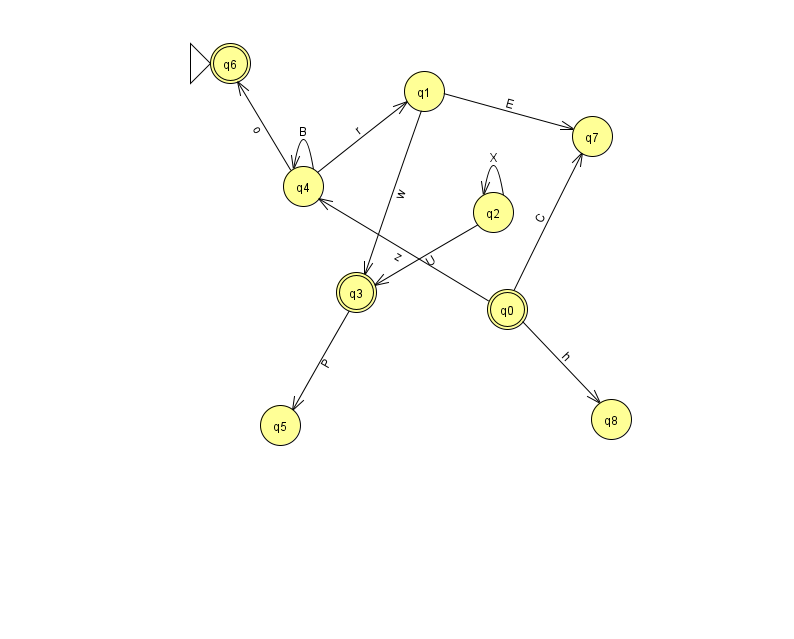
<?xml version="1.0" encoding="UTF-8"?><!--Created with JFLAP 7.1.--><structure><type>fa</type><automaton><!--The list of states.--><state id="0" name="q0"><x>507.0</x><y>296.0</y><final/></state><state id="1" name="q1"><x>424.0</x><y>78.0</y></state><state id="2" name="q2"><x>493.0</x><y>199.0</y></state><state id="3" name="q3"><x>356.0</x><y>279.0</y><final/></state><state id="4" name="q4"><x>303.0</x><y>173.0</y></state><state id="5" name="q5"><x>280.0</x><y>412.0</y></state><state id="6" name="q6"><x>230.0</x><y>50.0</y><initial/><final/></state><state id="7" name="q7"><x>592.0</x><y>123.0</y></state><state id="8" name="q8"><x>611.0</x><y>406.0</y></state><!--The list of transitions.--><transition><from>4</from><to>6</to><read>o</read></transition><transition><from>4</from><to>4</to><read>B</read></transition><transition><from>1</from><to>7</to><read>E</read></transition><transition><from>3</from><to>5</to><read>P</read></transition><transition><from>0</from><to>8</to><read>h</read></transition><transition><from>2</from><to>3</to><read>U</read></transition><transition><from>2</from><to>2</to><read>X</read></transition><transition><from>0</from><to>7</to><read>C</read></transition><transition><from>4</from><to>1</to><read>r</read></transition><transition><from>0</from><to>4</to><read>z</read></transition><transition><from>1</from><to>3</to><read>w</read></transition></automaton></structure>